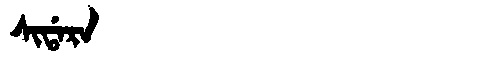
Manchu: ᠰᡳᡩᠠᡵᠠ
Romanization: SIDARA